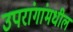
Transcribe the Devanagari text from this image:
उपरांगांमधील